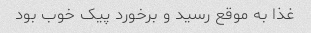
غذا به موقع رسید و برخورد پیک خوب بود